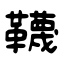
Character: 韈